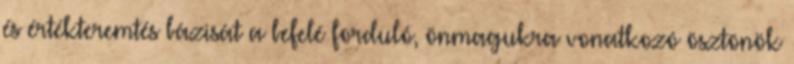
és értékteremtés bázisát a befelé forduló, önmagukra vonatkozó ösztönök